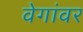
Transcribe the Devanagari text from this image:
वेगांवर